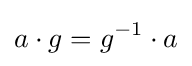
a\cdot g=g^{-1}\cdot a